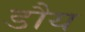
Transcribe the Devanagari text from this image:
डौय